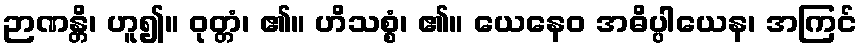
ဉာဏန္တိ၊ ဟူ၍။ ဝုတ္တံ၊ ၏။ ဟိသစ္စံ၊ ၏။ ယေနေဝ အဓိပ္ပါယေန၊ အကြင်